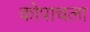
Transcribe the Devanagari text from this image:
कोपाचला